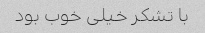
با تشکر خیلی خوب بود